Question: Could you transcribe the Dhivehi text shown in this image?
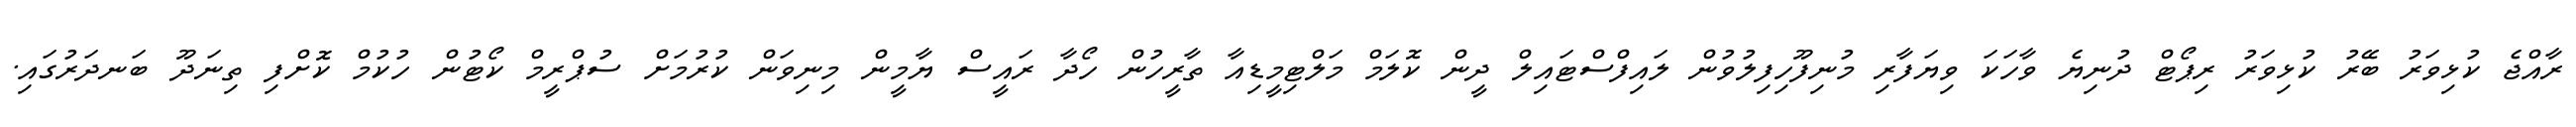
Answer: ރާއްޖެ ކުޅިވަރު ބޭރު ކުޅިވަރު ރިޕޯޓް ދުނިޔެ ވާހަކަ ވިޔަފާރި މުނިފޫހިފިލުވުން ލައިފްސްޓައިލް ދީން ކޮލަމް މަލްޓިމީޑިއާ ތާރީހުން ހޯދާ ރައީސް ޔާމީން މިނިވަން ކުރުމަށް ސުޕްރީމް ކޯޓުން ހުކުމް ކޮށްފި ތިނަދޫ ބަނދަރުގައި.